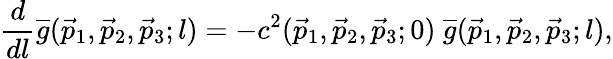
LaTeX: \frac{d}{dl}\overline{{g}}(\vec{p}_{1},\vec{p}_{2},\vec{p}_{3};l)=-c^{2}(\vec{p}_{1},\vec{p}_{2},\vec{p}_{3};0)\ \overline{{g}}(\vec{p}_{1},\vec{p}_{2},\vec{p}_{3};l),